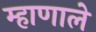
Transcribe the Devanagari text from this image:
म्हाणाले